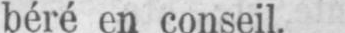
béré en conseil.